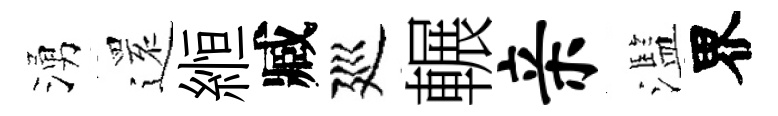
湧𮟃縆臧廵輾亲濫界